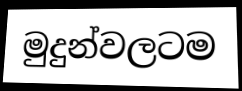
මුදුන්වලටම